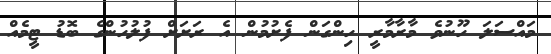
މައްސަލަ ހޫނުވެ މާރާމާރީ ހިންގަން ފެށުމުން އެ ރަށަށް ފުލުހުންގެ ބޮޑު ޓީމެއް